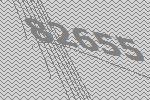
82655